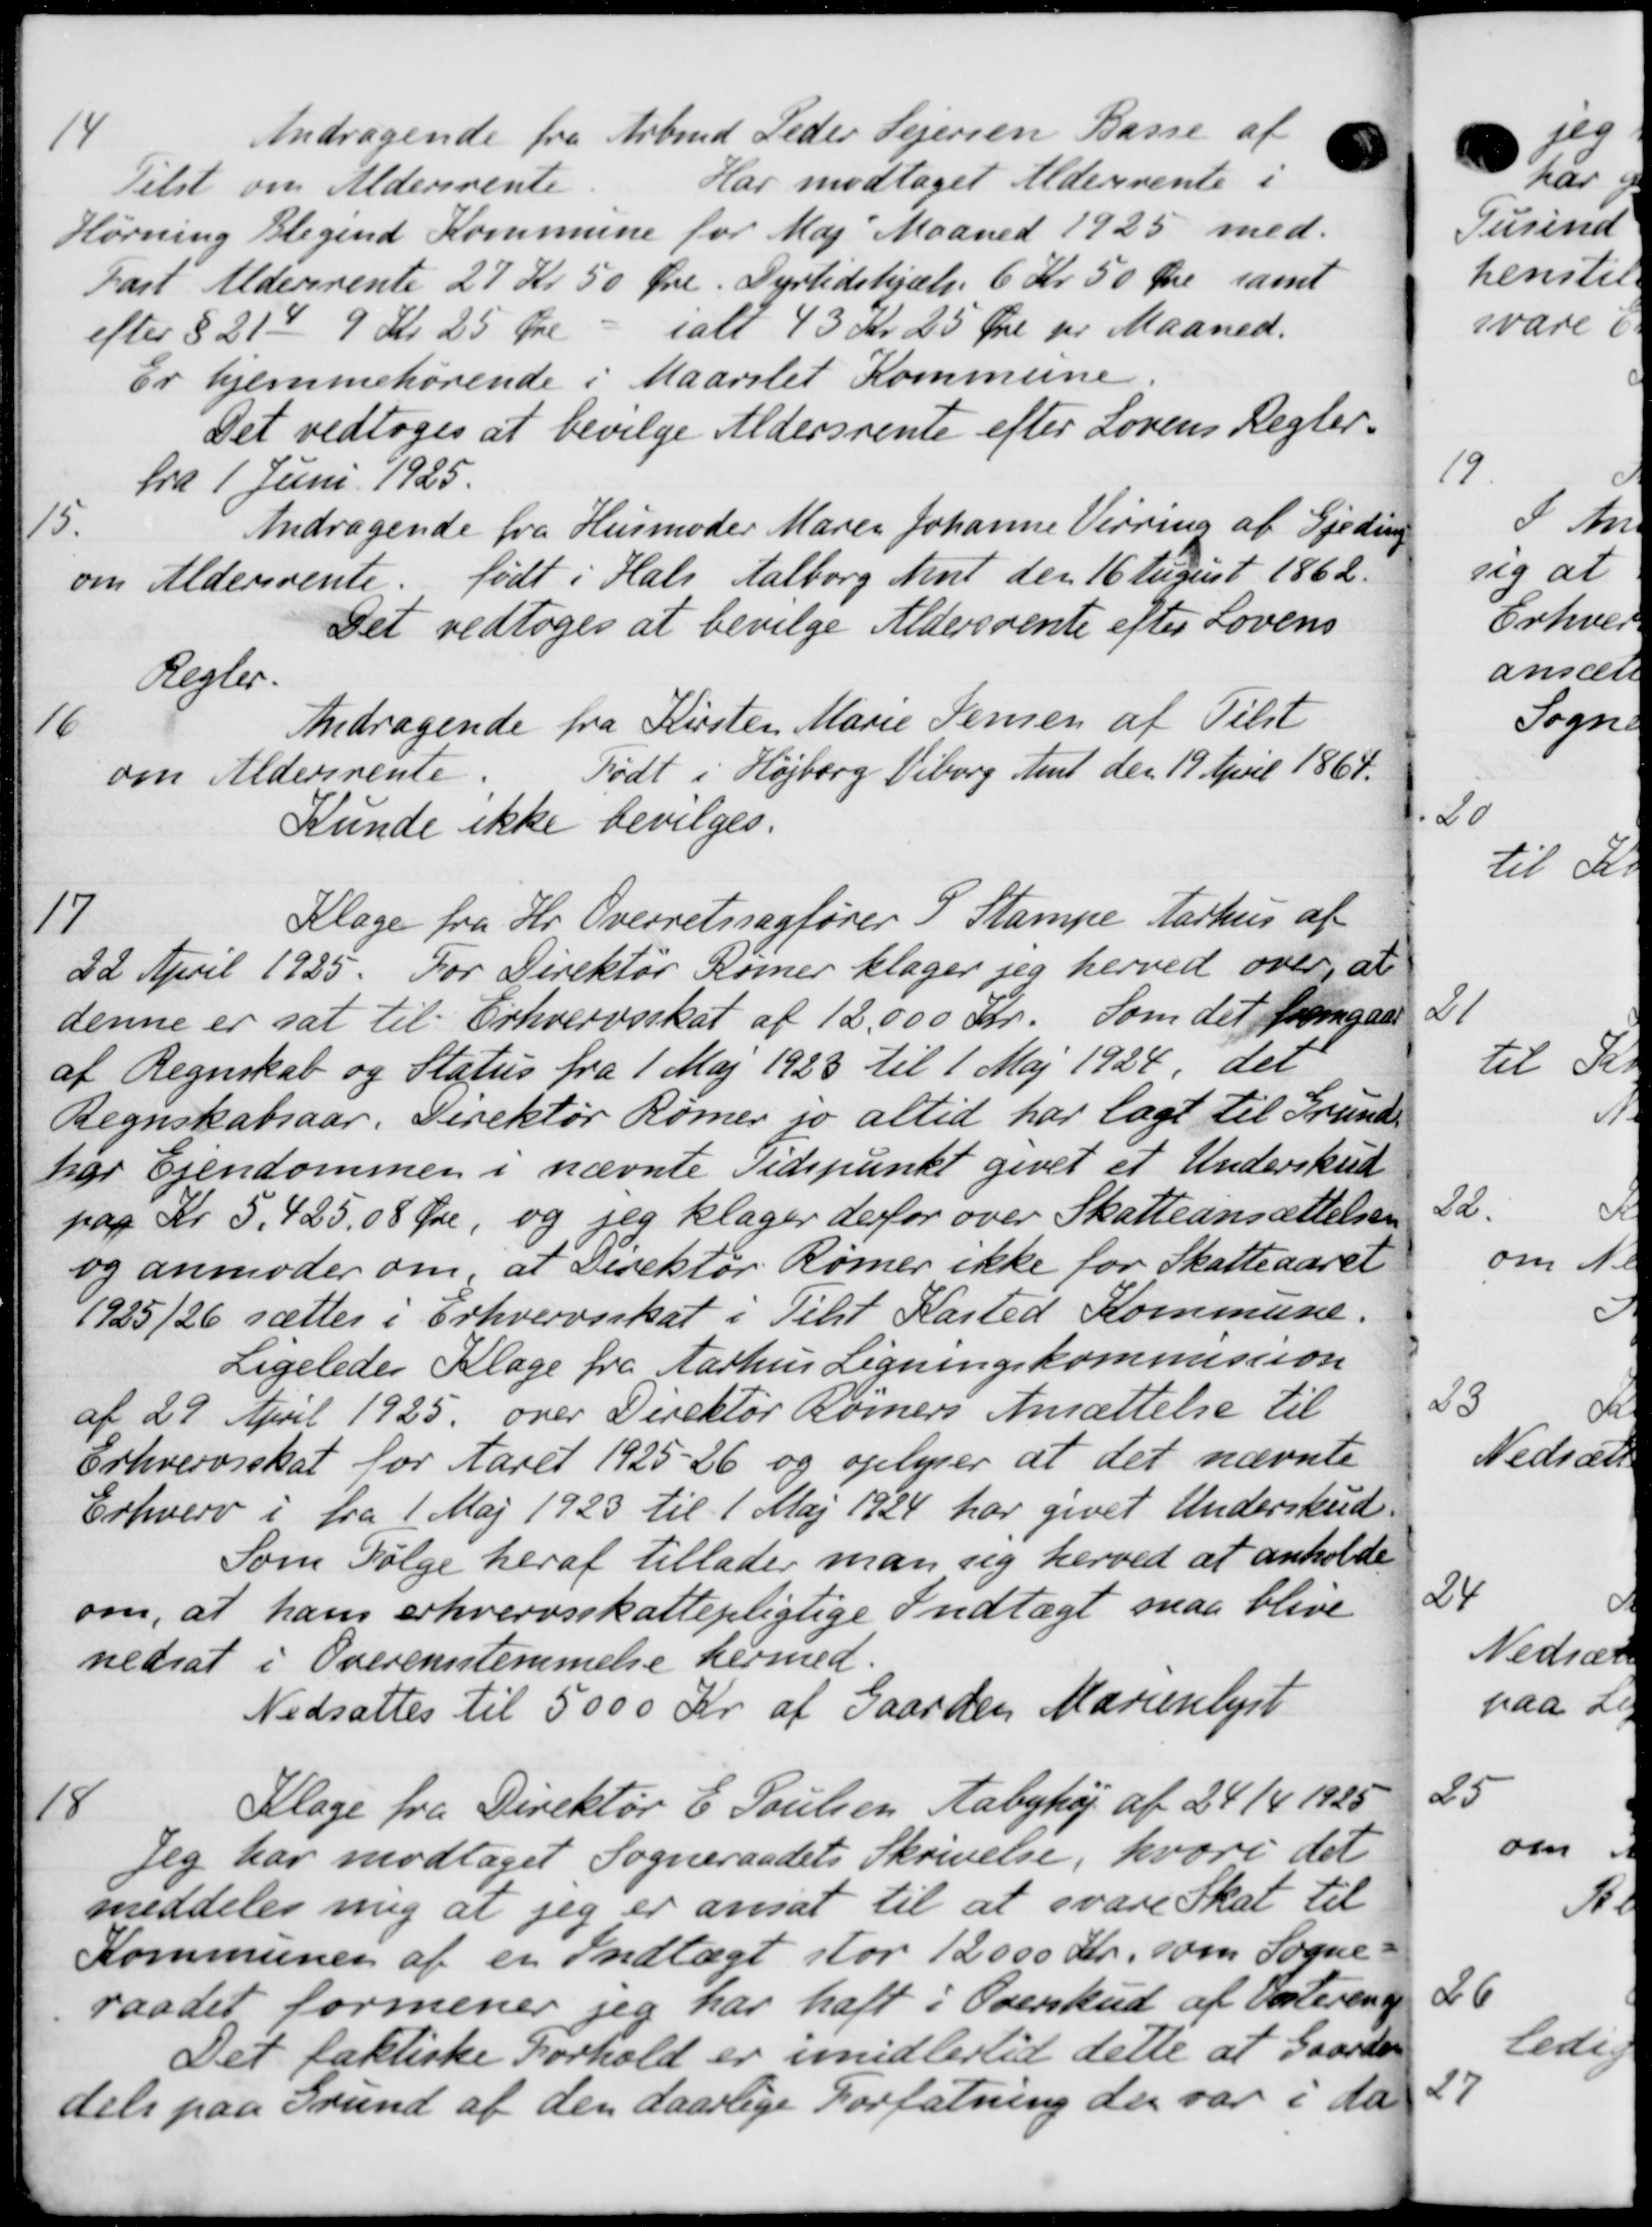
Transskription:
14
Andragende fra Arbmd Peder Sejersen Basse af
Tilst om Aldersrente.
Har modtaget Aldersrente i
Hørning Blegind Kommune for Maj Maaned 1925 med
fast Aldersrente 27 Kr 50 Øre. Dyrtidshjælp 6 Kr 50 Øre samt
efter § 21d 9 Kr 25 Øre - ialt 43 Kr 25 Øre pr Maaned.
Er hjemmehørende i Maarslet Kommune
Det vedtoges at bevilge Aldersrente efter Lovens Regler.
fra 1 Juni 1925.
15.
Andragende fra Husmoder Maren Johanne Vejring af Gjeding
om Aldersrente. født i Hals Aalborg Amt den 16 August 1862.
Det vedtoges at bevilge Aldersrente efter Lovens
Regler.
16
Andragende fra Kirsten Marie Jensen af Tilst
Født i Højberg Viborg Amt den 19 April 1864.
om Aldersrente.
Kunde ikke bevilges.
17
Klage fra Hr Overretssagfører I Stampe Aarhus af
22 April 1925. For Direktør Komer klager jeg herved over, at
denne er sat til Erhvervsskat af 12.000 Kr. Som det fremgaae
af Regnskab og Status fra 1 Maj 1923 til 1 Maj 1924, det
Regnskabsaar. Direktør Rømer jo altid har lagt til Grund-
har Ejendommen i nævnte Tidspunkt givet et Underskud
nar Kr 5.425,08 Øre, og jeg klager derfor over Skatteansættelsen
og anmoder om, at Direktør Rømer ikke for Skatteaaret
1925/26 sættes i Erhvervsskat i Tilst Kasted Kommune.
Ligeledes Klage fra Aarhus Ligningskommission
af 29 April 1925 over Direktør Rømers Ansættelse til
Erhvervsskat for Aaret 1925-26 og oplyser at det nævnte
Erhverv i fra 1 Maj 1923 til 1 Maj 1924 har givet Underskud.
Som Følge heraf tillader man sig herved at anholde
om, at hans erhvervsskattepligtige Indtægt maa blive
nedsat i Overensstemmelse hermed.
Nedsattes til 5000 Kr. af Gaarden Marienlyst
18
Klage fra Direktør E. Poulsen Aabyhøj af 24/4 1925
Jeg har modtaget Sogneraadets Skrivelse, hvori det
meddeles mig at jeg er ansat til at svare Skat til
Kommunen af er Indtægt stor 12000 Kr, som Sogne-
raadet formener jeg har haft i Overskud af Vesterend
Det faktiske Forhold er imidlertid dette at Gaarde
dels paa Grund af den daarlige Forfatning der var i da

2
t
22.
og
23
Nea
24
Nedsær
paa 2
25
om
Mo
26
ledig
27